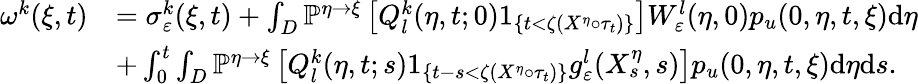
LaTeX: \begin{array}{rl}{\omega^{k}(\xi,t)}&{=\sigma_{\varepsilon}^{k}(\xi,t)+\int_{D}\mathbb{P}^{\eta\rightarrow\xi}\left[Q_{l}^{k}(\eta,t;0)1_{\{ t<\zeta(X^{\eta}\circ\tau_{t})\} }\right]W_{\varepsilon}^{l}(\eta,0)p_{u}(0,\eta,t,\xi)\textrm{d}\eta}\\ &{+\int_{0}^{t}\int_{D}\mathbb{P}^{\eta\rightarrow\xi}\left[Q_{l}^{k}(\eta,t;s)1_{\{ t-s<\zeta(X^{\eta}\circ\tau_{t})\} }g_{\varepsilon}^{l}(X_{s}^{\eta},s)\right]p_{u}(0,\eta,t,\xi)\textrm{d}\eta\textrm{d}s.}\end{array}